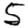
Digit: 5